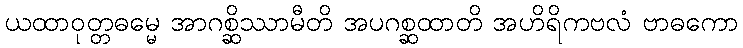
ယထာဝုတ္တဓမ္မေ အာဂစ္ဆိဿာမီတိ အပဂစ္ဆထာတိ အဟိရိကဗလံ ဗာဓကော